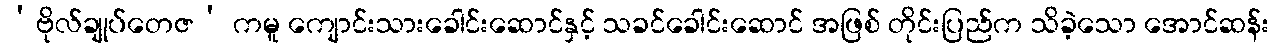
‘ဗိုလ်ချုပ်တေဇ’ ကမူ ကျောင်းသားခေါင်းဆောင်နှင့် သခင်ခေါင်းဆောင် အဖြစ် တိုင်းပြည်က သိခဲ့သော အောင်ဆန်း